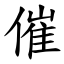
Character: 催